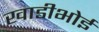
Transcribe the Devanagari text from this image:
खाडीभोई